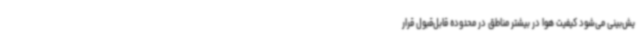
یش‌بینی می‌شود کیفیت هوا در بیشتر مناطق در محدوده قابل‌قبول قرار